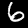
Digit: 6